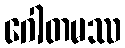
ဂေါတမဿ